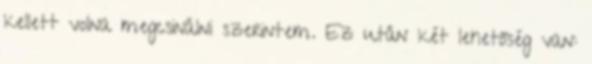
kellett volna megcsinálni szerintem. Ez után két lehetőség van: